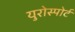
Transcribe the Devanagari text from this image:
युरोस्पोर्ट